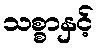
သစ္စာနှင့်